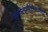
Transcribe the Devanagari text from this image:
खगोलभौतिकविदों